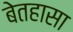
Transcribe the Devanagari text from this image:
बेतहासा